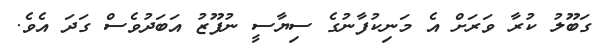
ގަބޫލު ކުރާ ވަރަށް އެ މަނިކުފާނުގެ ސިޔާސީ ނުފޫޒު އަބަދުވެސް ގަދަ އެވެ.